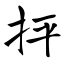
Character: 抨